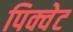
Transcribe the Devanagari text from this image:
पिक्वेट